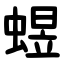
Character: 䗑